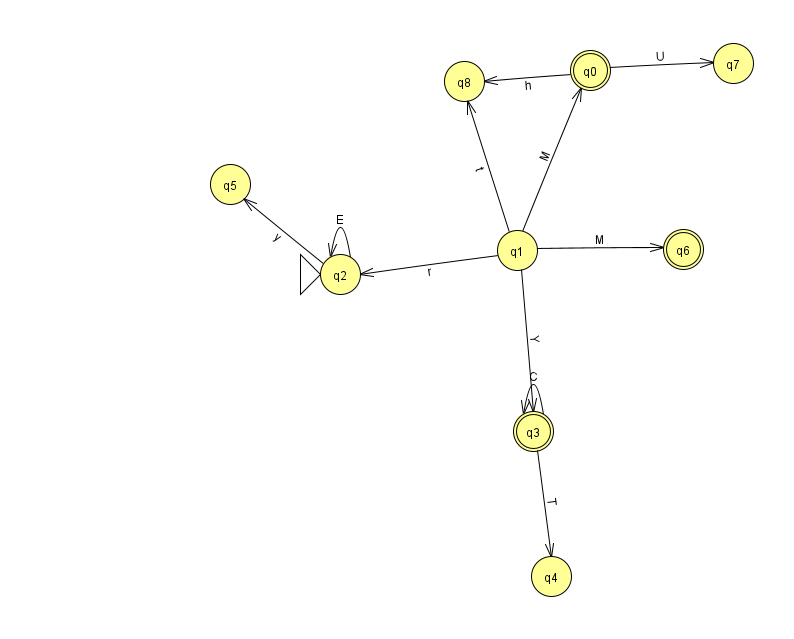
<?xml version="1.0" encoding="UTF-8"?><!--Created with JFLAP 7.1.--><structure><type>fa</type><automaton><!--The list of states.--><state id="0" name="q0"><x>590.0</x><y>57.0</y><final/></state><state id="1" name="q1"><x>517.0</x><y>237.0</y></state><state id="2" name="q2"><x>340.0</x><y>261.0</y><initial/></state><state id="3" name="q3"><x>533.0</x><y>418.0</y><final/></state><state id="4" name="q4"><x>551.0</x><y>563.0</y></state><state id="5" name="q5"><x>230.0</x><y>171.0</y></state><state id="6" name="q6"><x>683.0</x><y>236.0</y><final/></state><state id="7" name="q7"><x>733.0</x><y>50.0</y></state><state id="8" name="q8"><x>464.0</x><y>68.0</y></state><!--The list of transitions.--><transition><from>1</from><to>8</to><read>t</read></transition><transition><from>2</from><to>5</to><read>y</read></transition><transition><from>1</from><to>6</to><read>M</read></transition><transition><from>3</from><to>3</to><read>C</read></transition><transition><from>0</from><to>7</to><read>U</read></transition><transition><from>2</from><to>2</to><read>E</read></transition><transition><from>3</from><to>4</to><read>T</read></transition><transition><from>1</from><to>0</to><read>M</read></transition><transition><from>1</from><to>3</to><read>Y</read></transition><transition><from>0</from><to>8</to><read>h</read></transition><transition><from>1</from><to>2</to><read>r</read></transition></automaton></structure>